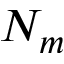
N _ { m }